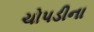
ચોપડીના